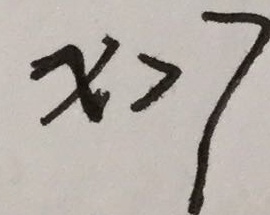
x > 7